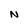
Character: N